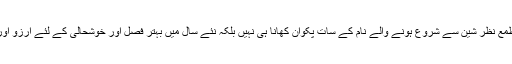
وسطی ایشیا میں سردیوں کے سخت موسم کو گزارنے والے جب بہار کی آمد کا جشن مناتے تھے تو ان کا مطمع نظر شین سے شروع ہونے والے نام کے سات پکوان کھانا ہی نہیں بلکہ نئے سال میں بہتر فصل اور خوشحالی کے لئے ارزو اور دعا کے ساتھ اس جشن کو منانے والوں کے لئے ایک نئے جذبے کے ساتھ جینے کا عہد بھی شامل ہوتا تھا۔